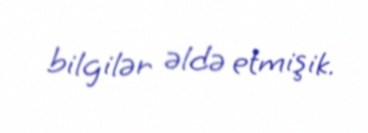
bilgilər əldə etmişik.